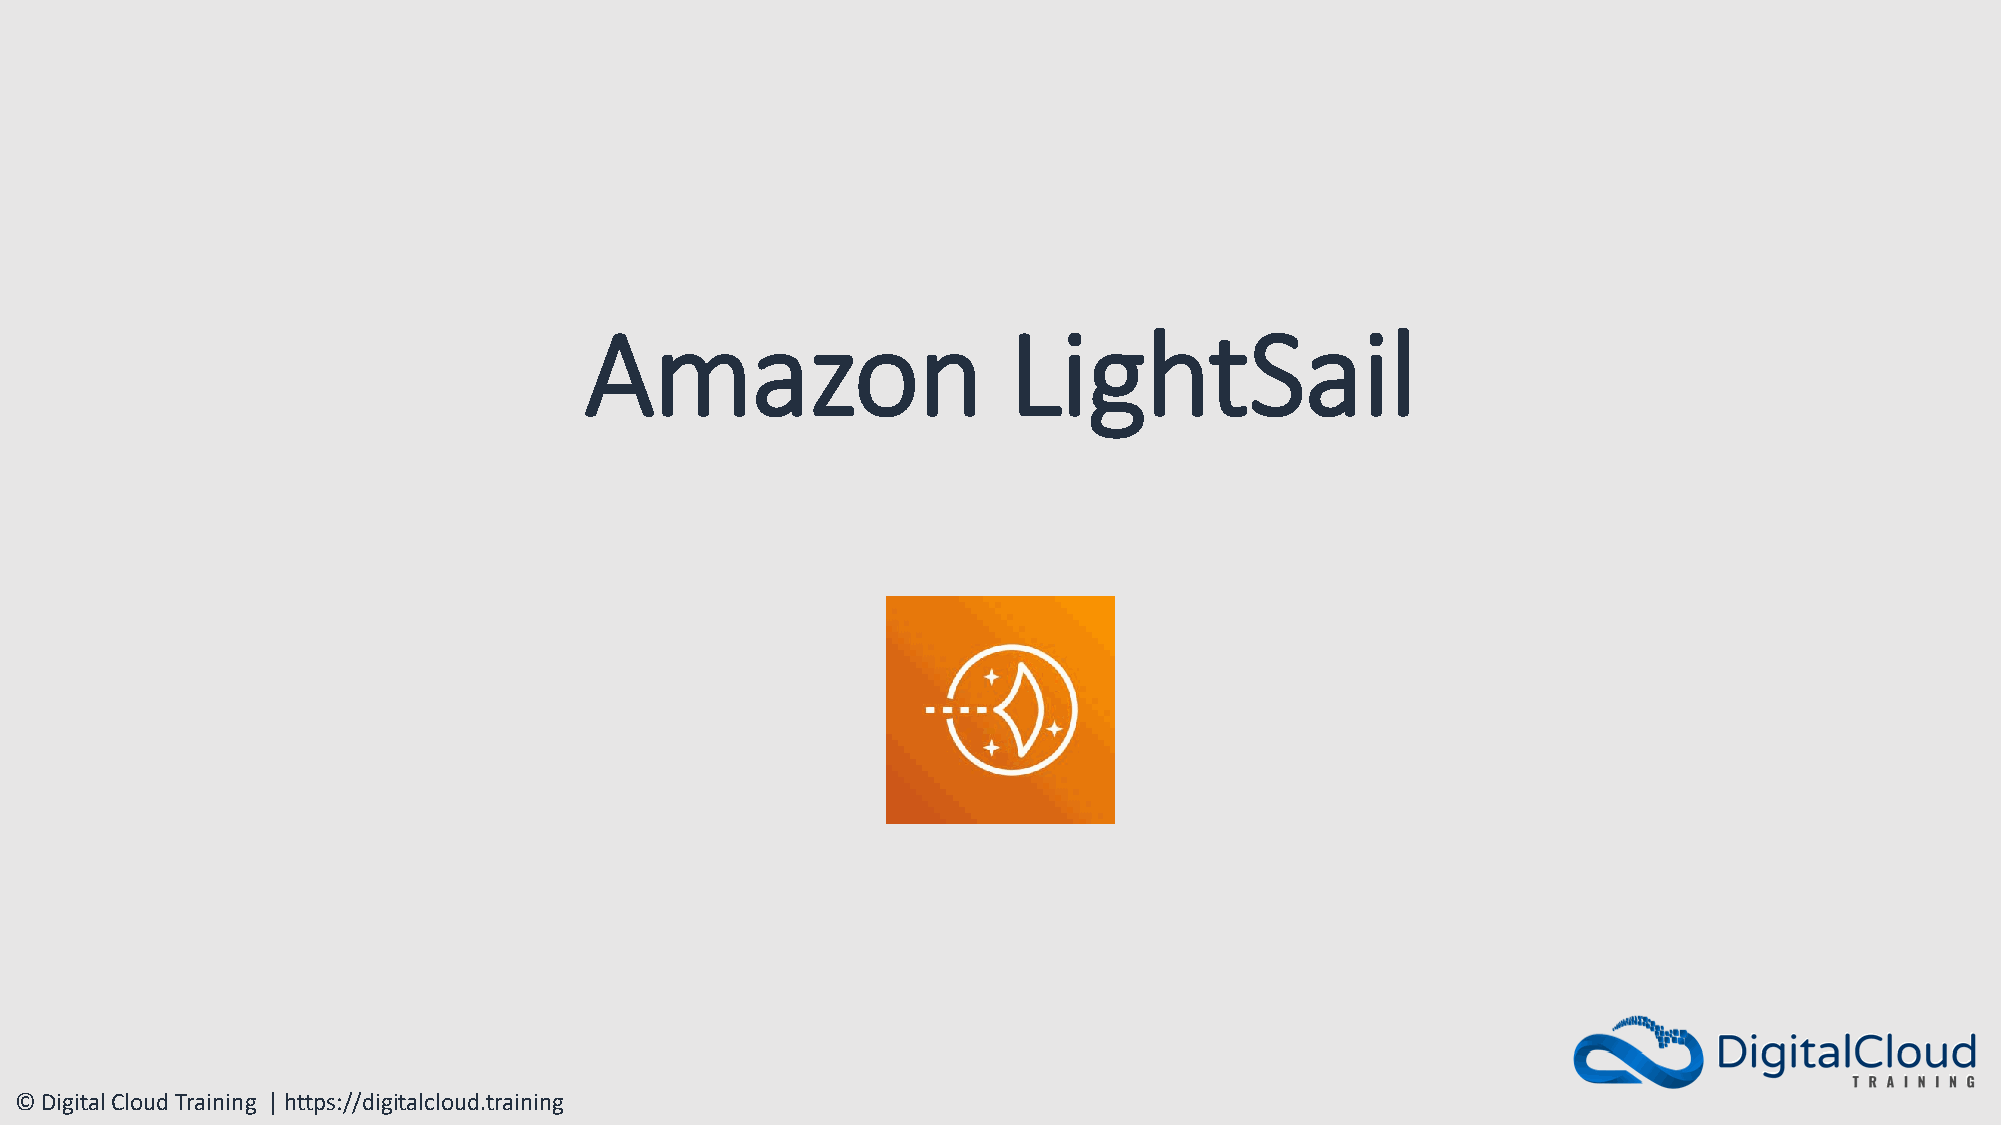
Amazon                      LightSail
 © Digital Cloud Training | https://digitalcloud.training